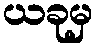
ယခုမှ